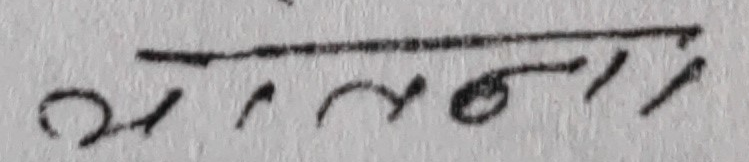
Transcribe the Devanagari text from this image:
मलोनाइ